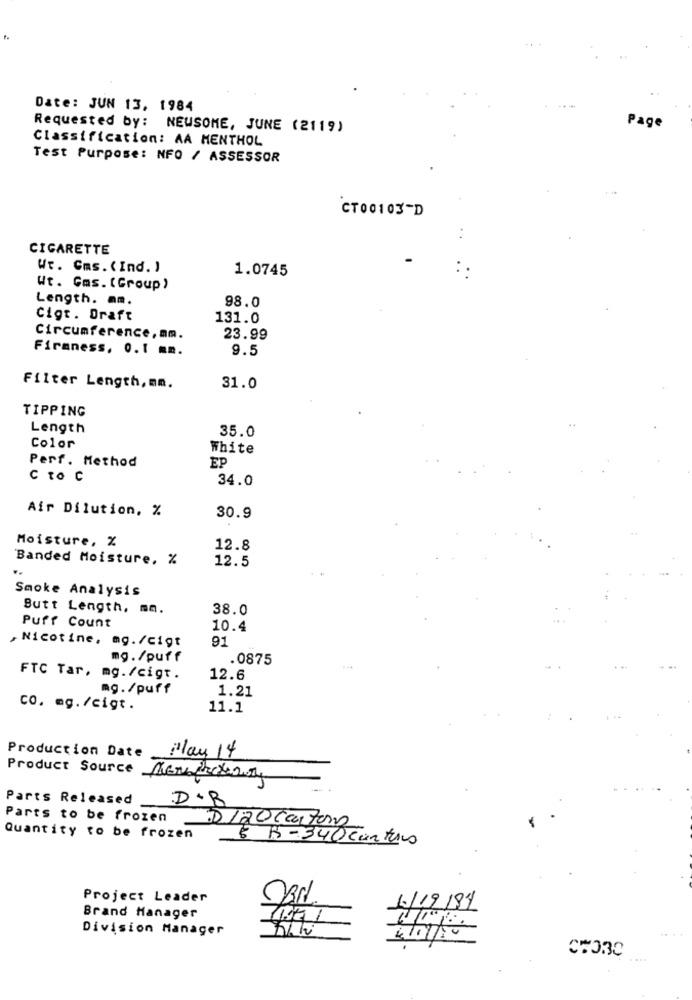
Date: JUN 13. 1984
Requested by: NEWSOME, JUNE (2119)
Page
Classification: AA MENTHOL
Test Purpose: NFO / ASSESSOR
CT00103-D
CIGARETTE
Wr. Cms. (Ind. )
1.0745
Wt. Gms. (Group)
Length. mm.
98.0
Cigr. Draft
131.0
Circumference, mm.
23.99
Firmness, 0.1 mm.
9.5
Filter Length, mm.
31.0
TIPPING
Length
35.0
Color
White
Perf. Method
EP
c to C
34.0
Air Dilution, %
30.9
Moisture, %
12.8
Banded Moisture, %
12.5
Smoke Analysis
Butt Length, ma.
38.0
Puff Count
10.4
,Nicotine, mg./cigt
91
mg. /puff
.0875
FTC Tar, mg./cigt.
12.6
mg. /puff
1.21
CO. mg./cigt.
11.1
Production Date
Play 14
Product Source Merciray
Parts Released
D.B
Parts to be frozen
DI20 Cartons
Quantity to be frozen
8 B-340 Cartes
Project Leader
1/19/84
Brand Manager
Division Manager
410/20
C#03